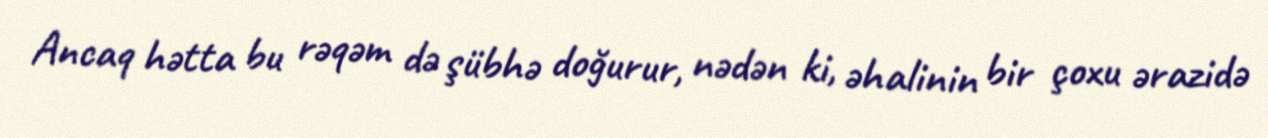
Ancaq hətta bu rəqəm də şübhə doğurur, nədən ki, əhalinin bir çoxu ərazidə